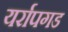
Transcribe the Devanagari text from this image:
यर्रापगड